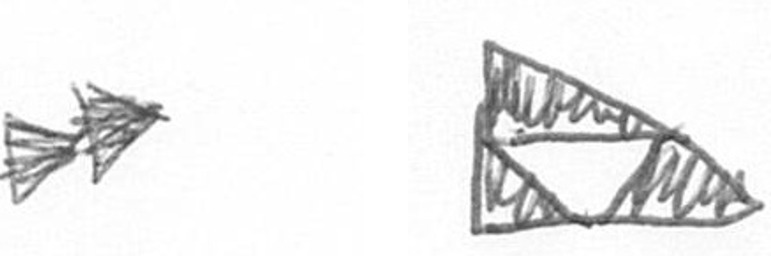
A K